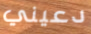
دعيني